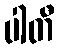
ပါတီ